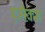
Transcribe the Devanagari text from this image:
एमैक्स